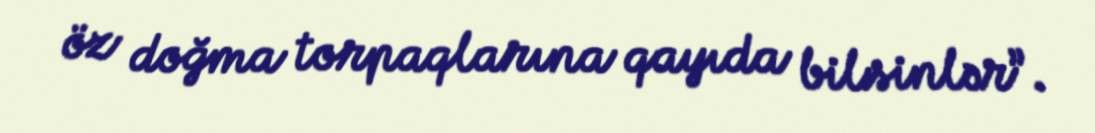
öz doğma torpaqlarına qayıda bilsinlər”.